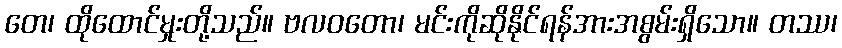
တေ၊ ထိုထောင်မှုးတို့သည်။ ဗလဝတော၊ မင်းကိုဆိုနိုင်ရန်အားအစွမ်းရှိသော။ တဿ၊